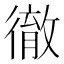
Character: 徹